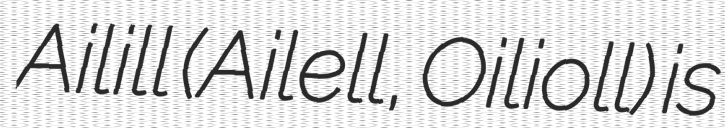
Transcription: Ailill (Ailell, Oilioll) is